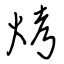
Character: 烤